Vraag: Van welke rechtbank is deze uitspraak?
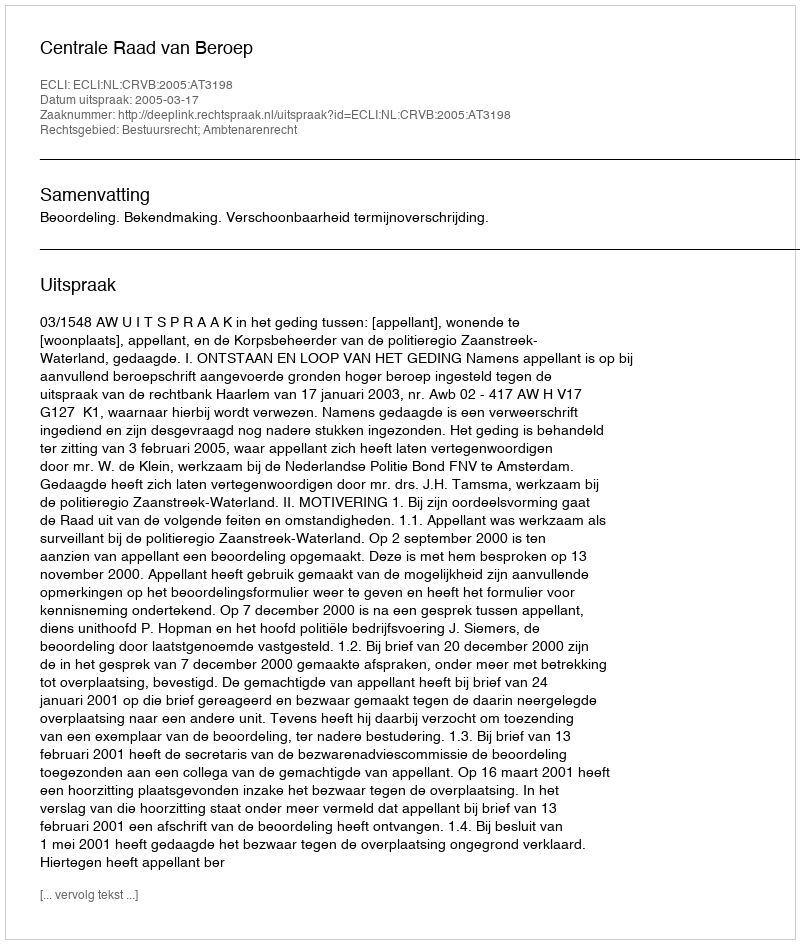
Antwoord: Centrale Raad van Beroep